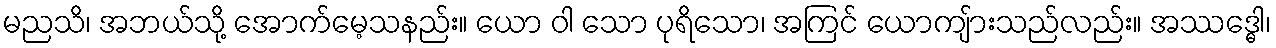
မညသိ၊ အဘယ်သို့ အောက်မေ့သနည်း။ ယော ဝါ သော ပုရိသော၊ အကြင် ယောကျ်ားသည်လည်း။ အဿဒ္ဓေါ၊